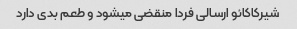
شیرکاکائو ارسالی فردا منقضی میشود و طعم بدی دارد